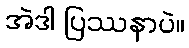
အဲဒါ ပြဿနာပဲ။